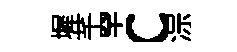
墀芊罕c淙